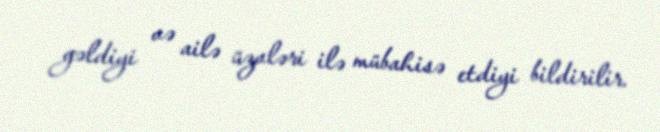
gəldiyi və ailə üzvləri ilə mübahisə etdiyi bildirilir.